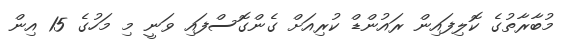
މުބާރާތުގެ ކޮލިފައިން ރައުންޑް ކުރިއަށް ގެންގޮސްފައި ވަނީ މި މަހުގެ 15 އިން